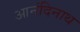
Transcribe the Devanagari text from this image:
आनंदिनाथ